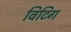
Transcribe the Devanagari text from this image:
विटिग